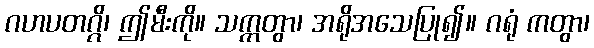
ဂဟပတဂ္ဂိ၊ ဤမီးကို။ သက္ကတွာ၊ အရိုအသေပြု၍။ ဂရုံ ကတွာ၊